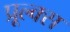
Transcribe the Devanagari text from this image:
प्रूल्क्स